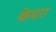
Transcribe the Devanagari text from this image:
केदरा